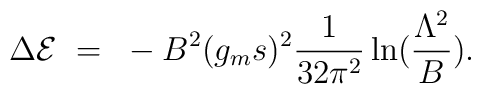
\Delta {\cal E} ~=~ - B^2 (g_ms)^2{1\over 32 \pi^2} \ln ({\Lambda^2\over B}).